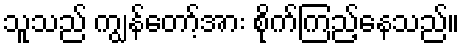
သူသည် ကျွန်တော့်အား စိုက်ကြည့်နေသည်။